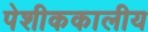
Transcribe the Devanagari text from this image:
पेशीककालीय